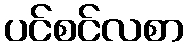
ပင်စင်လစာ